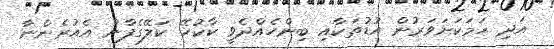
އަދި ހަމަކަށަވަރުން އުޑުތަކާއި ބިންހެއްދެވީ ކާކުހޭ ކަލޭގެފާނު އެއުރެންނާ